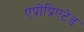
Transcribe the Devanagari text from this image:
एप्रोप्रिएटेड